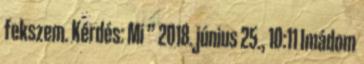
fekszem. Kérdés: Mi ” 2018. június 25., 10:11 ‎Imádom